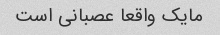
مایک واقعا عصبانی است